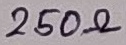
Text: 250Ω